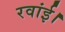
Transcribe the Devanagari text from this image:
रवांई।